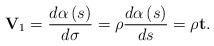
LaTeX: \begin{align*}\mathbf{V}_{1}=\frac{d\alpha \left( s\right) }{d\sigma }=\rho \frac{d\alpha\left( s\right) }{ds}=\rho \mathbf{t}.\end{align*}